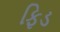
ફિડ